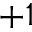
+ 1